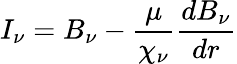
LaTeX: I_{\nu}=B_{\nu}-{\frac{\mu}{\chi_{\nu}}}{\frac{dB_{\nu}}{dr}}